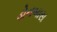
ડોનબાસ